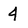
Character: 4